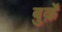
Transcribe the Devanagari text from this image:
बुर्क़े